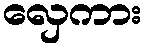
လှေကား